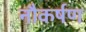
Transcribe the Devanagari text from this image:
नौकर्षण